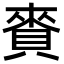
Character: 賚